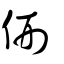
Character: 侀